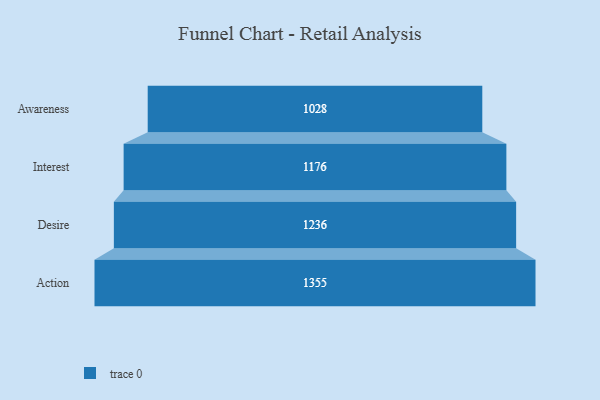
{"axis": {"x": "Stage", "y": "Value"}, "legend": [""], "data": [{"x": "Awareness", "y": 1028.0, "type": ""}, {"x": "Interest", "y": 1176.0, "type": ""}, {"x": "Desire", "y": 1236.0, "type": ""}, {"x": "Action", "y": 1355.0, "type": ""}]}